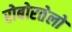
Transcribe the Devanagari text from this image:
रोबोरतेलो